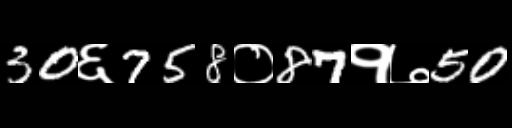
Text: 30६758०87१७50